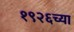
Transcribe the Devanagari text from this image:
१९२६च्या